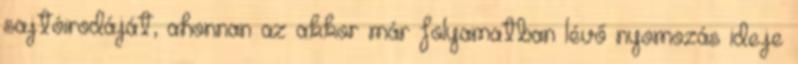
sajtóirodáját, ahonnan az akkor már folyamatban lévő nyomozás ideje